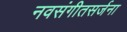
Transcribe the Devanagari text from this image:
नवसंगीतसर्जना